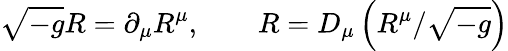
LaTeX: \sqrt{-g}R=\partial_{\mu}R^{\mu},\qquad R=D_{\mu}\left(R^{\mu}/\sqrt{-g}\right)